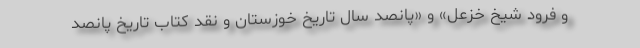
و فرود شیخ خزعل» و «پانصد سال تاریخ خوزستان و نقد کتاب تاریخ پانصد